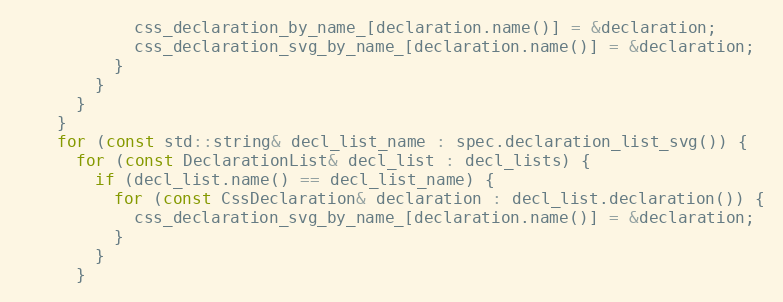
Language: C++
            css_declaration_by_name_[declaration.name()] = &declaration;
            css_declaration_svg_by_name_[declaration.name()] = &declaration;
          }
        }
      }
    }
    for (const std::string& decl_list_name : spec.declaration_list_svg()) {
      for (const DeclarationList& decl_list : decl_lists) {
        if (decl_list.name() == decl_list_name) {
          for (const CssDeclaration& declaration : decl_list.declaration()) {
            css_declaration_svg_by_name_[declaration.name()] = &declaration;
          }
        }
      }